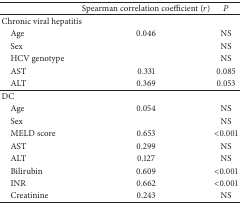
<table><thead><tr><td><b> </b></td><td><b>Spearman correlation coefficient (<i>r</i>)</b></td><td><b><i>P</i></b></td></tr></thead><tbody><tr><td>Chronic viral hepatitis</td><td> </td><td> </td></tr><tr><td> Age</td><td>0.046</td><td>NS</td></tr><tr><td> Sex</td><td> </td><td>NS</td></tr><tr><td> HCV genotype </td><td> </td><td>NS</td></tr><tr><td> AST</td><td>0.331</td><td>0.085</td></tr><tr><td> ALT</td><td>0.369</td><td>0.053</td></tr><tr><td>DC</td><td> </td><td> </td></tr><tr><td> Age</td><td>0.054</td><td>NS</td></tr><tr><td> Sex</td><td> </td><td>NS</td></tr><tr><td> MELD score</td><td>0.653</td><td>&lt;0.001</td></tr><tr><td> AST</td><td>0.299</td><td>NS</td></tr><tr><td> ALT</td><td>0.127</td><td>NS</td></tr><tr><td> Bilirubin</td><td>0.609</td><td>&lt;0.001</td></tr><tr><td> INR </td><td>0.662</td><td>&lt;0.001</td></tr><tr><td> Creatinine</td><td>0.243</td><td>NS</td></tr></tbody></table>